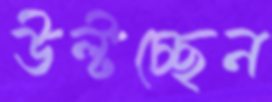
উল্‌টচ্ছেন